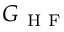
G _ { \mathrm { ~ H ~ F ~ } }